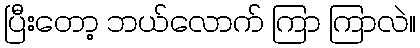
ပြီးတော့ ဘယ်လောက် ကြာ ကြာလဲ။